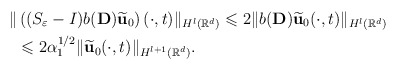
\begin{align*}\| & \left((S_\varepsilon -I) b({\mathbf D}) \widetilde{\mathbf u}_0\right) (\cdot,t) \|_{H^l({\mathbb R}^d)}\leqslant 2 \| b({\mathbf D}) \widetilde{\mathbf u}_0 (\cdot,t) \|_{H^l({\mathbb R}^d)}\\&\leqslant 2 \alpha_1^{1/2} \| \widetilde{\mathbf u}_0 (\cdot,t) \|_{H^{l+1}({\mathbb R}^d)}.\end{align*}